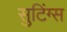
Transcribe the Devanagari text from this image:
सुटिंग्स